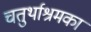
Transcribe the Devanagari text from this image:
चतुर्थाश्रमका